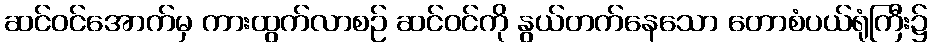
ဆင်ဝင်အောက်မှ ကားထွက်လာစဉ် ဆင်ဝင်ကို နွယ်တက်နေသော တောစံပယ်ရုံကြီး၌